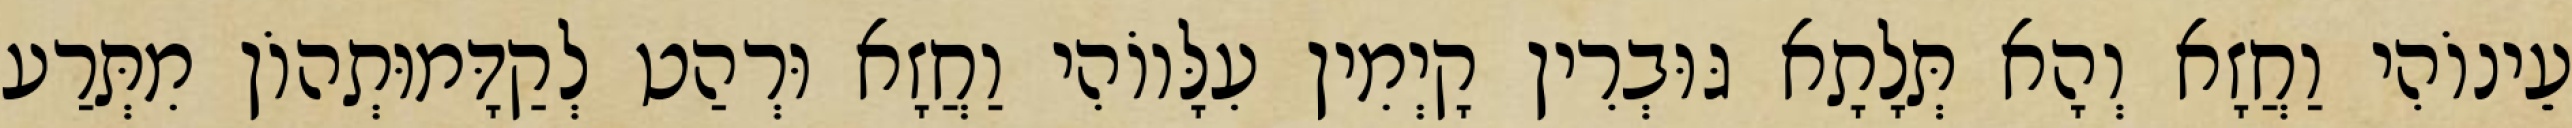
עֵינוֹהִי וַחֲזָא וְהָא תְּלָתָא גּוּבְרִין קָיְמִין עִלָּווֹהִי וַחֲזָא וּרְהַט לְקַדָּמוּתְהוֹן מִתְּרַע